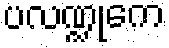
ပလဏ္ဍုကေ